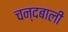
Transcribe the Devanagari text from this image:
चन्दबाली